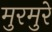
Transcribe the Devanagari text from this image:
मुरमुरे